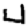
Digit: 4